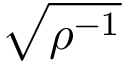
\sqrt { \rho ^ { - 1 } }